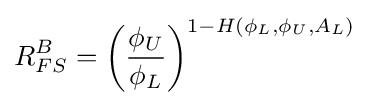
R_{FS}^{B}=\left({\frac {\phi _{U}}{\phi _{L}}}\right)^{1-H(\phi _{L},\phi _{U},A_{L})}